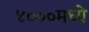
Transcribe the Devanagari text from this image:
४०००मध्ये